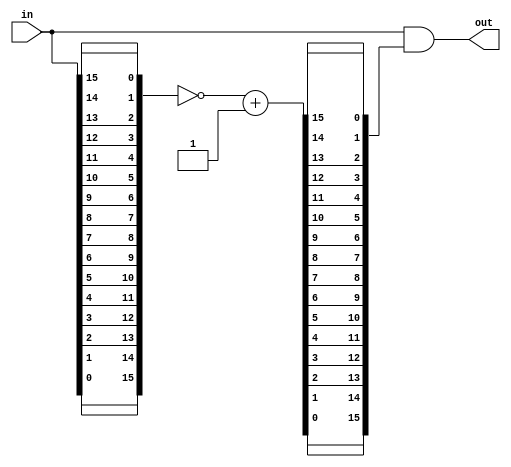
//
// Copyright 2013 Ettus Research LLC
// Copyright 2018 Ettus Research, a National Instruments Company
//
// SPDX-License-Identifier: LGPL-3.0-or-later
//

module priority_encoder_one_hot
#(
  parameter WIDTH = 16
)
(
  input  [WIDTH-1:0]        in,
  output [WIDTH-1:0]        out
);

  wire [WIDTH-1:0] in_rev;
  wire [WIDTH-1:0] in_rev_inv_po = ~in_rev + 1;

  wire [WIDTH-1:0] mask;

  generate
  genvar i,j;

  for (i=0; i<WIDTH; i=i+1)
      assign in_rev[i] = in[WIDTH-1-i];

  for (j=0; j<WIDTH; j=j+1)
      assign mask[j]  = in_rev_inv_po[WIDTH-1-j];
  endgenerate

  assign out = in & mask;

endmodule